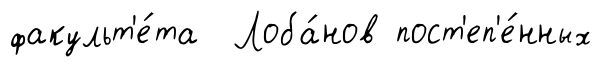
факульт'е́та Лоба́нов пост'еп'е́нных